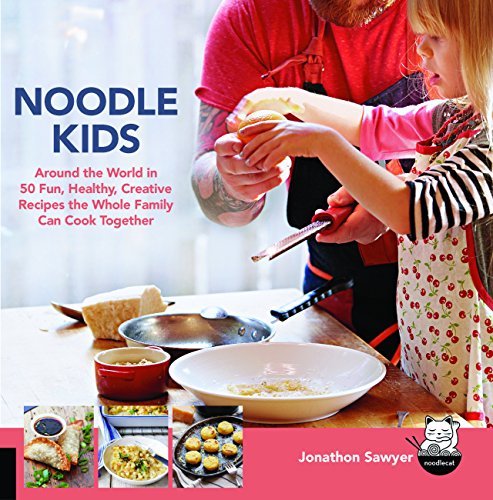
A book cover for Noodle Kids: Around the World in 50 Fun, Healthy, Creative Recipes the Whole Family Can Cook Together (Hands-On Family); Jonathon Sawyer; Cookbooks, Food & Wine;